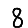
Digit: 8